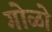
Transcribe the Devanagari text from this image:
गोळो